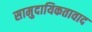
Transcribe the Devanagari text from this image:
सामुदायिकतावाद